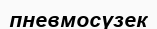
пневмосүзек